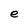
Character: e